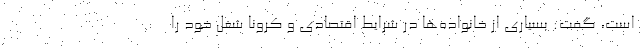
است، گفت: بسیاری از خانواده‌ها در شرایط اقتصادی و کرونا شغل خود را